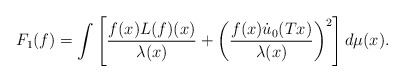
\begin{align*}F_1(f)=\int\left[\frac{f(x)L(f)(x)}{\lambda(x)}+\left(\frac{f(x)\dot u_0(Tx)}{\lambda(x)}\right)\sp2\right]d\mu(x).\end{align*}